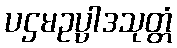
ပဌမဥပ္ပါဒသုတ္တံ